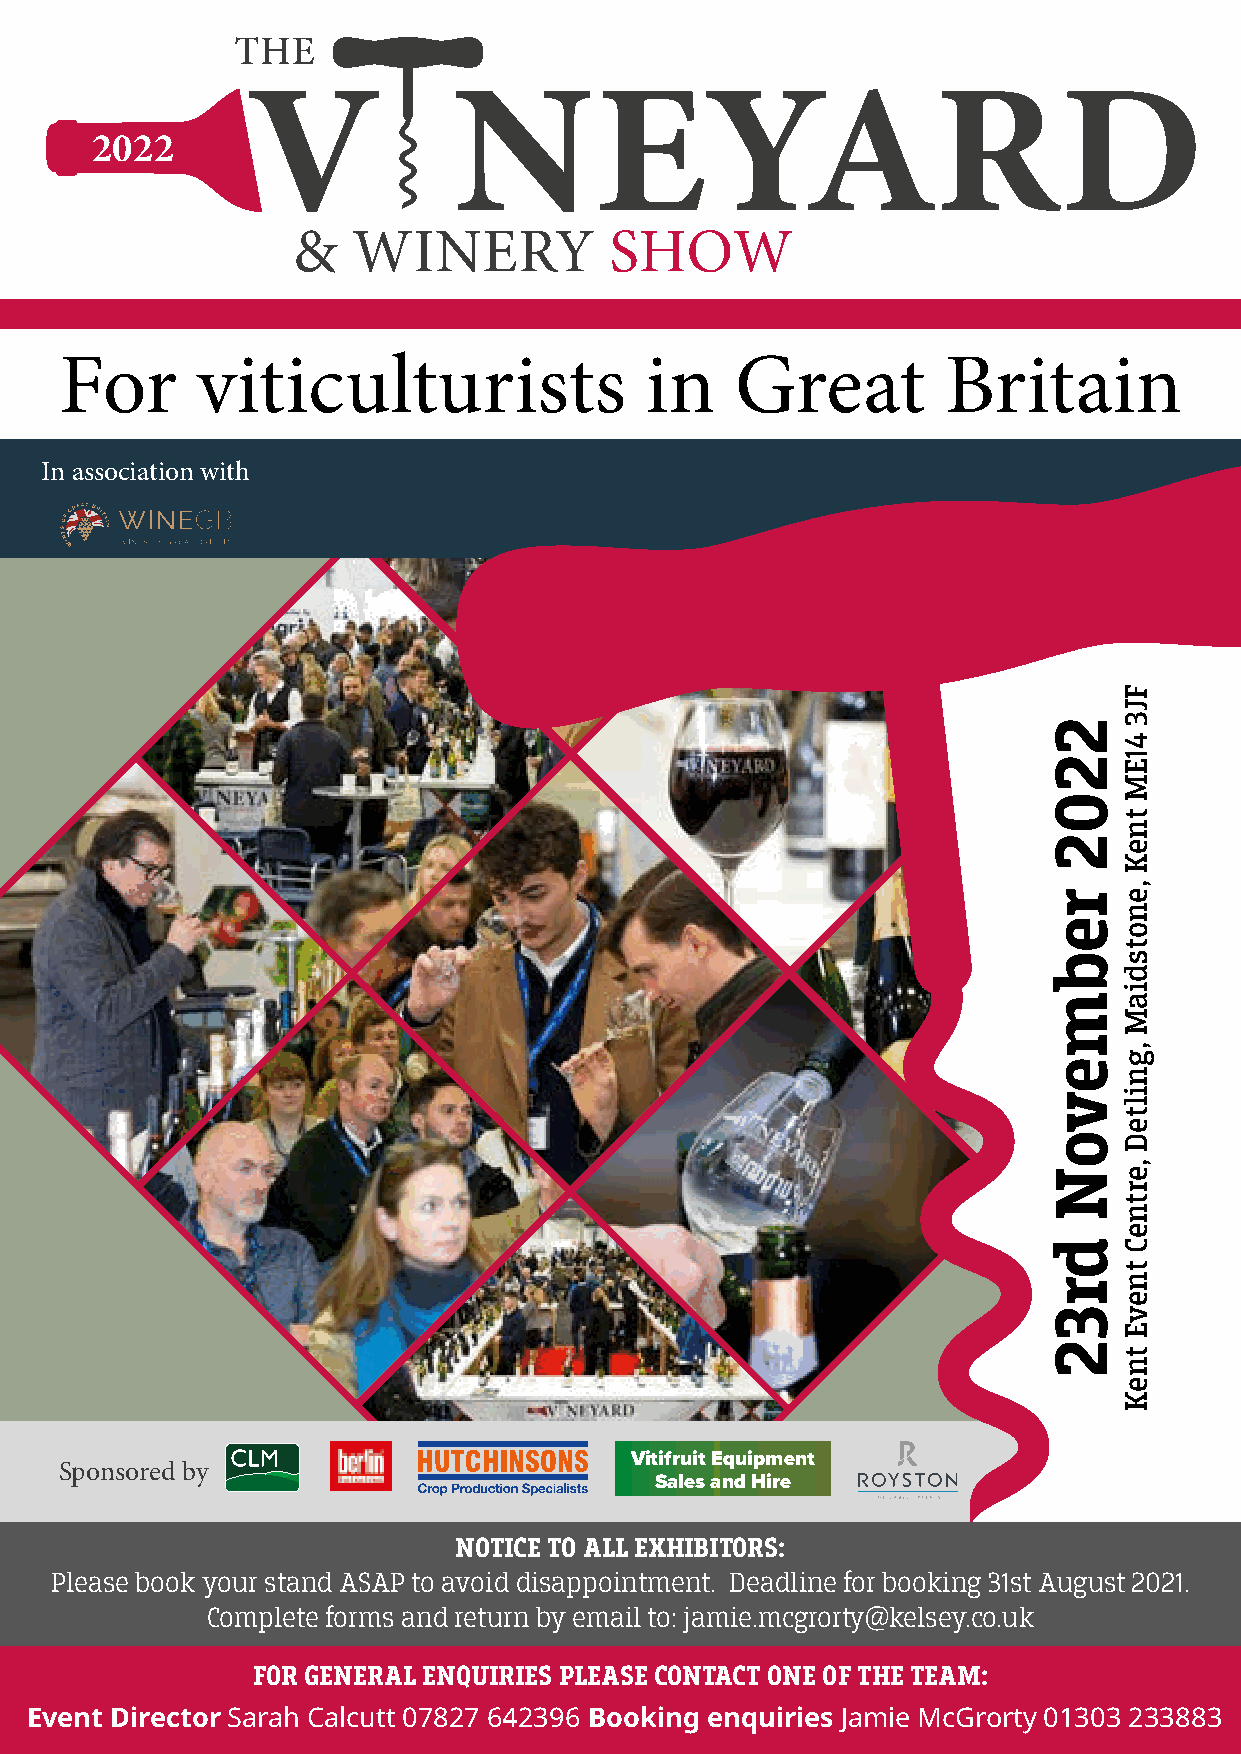
2022
 For      viticulturists                in    Great         Britain
 In association with
 Vitifruit Equipment
 Sponsored by
 Sales and Hire
 NOTICE TO ALL EXHIBITORS:
 Please book your stand ASAP to avoid disappointment. Deadline for booking 31st August 2021.
 Complete forms and return by email to: jamie.mcgrorty@kelsey.co.uk
 FOR GENERAL ENQUIRIES PLEASE CONTACT ONE OF THE TEAM:
 Event Director Sarah Calcutt 07827 642396 Booking enquiries Jamie McGrorty 01303 233883
 2202
 rebmevoN
 dr32
 FJ3
 41EM
 tneK
 ,enotsdiaM
 ,gnilteD
 ,ertneC
 tnevE
 tneK